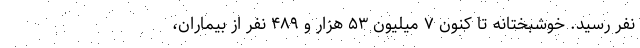
نفر رسید. خوشبختانه تا کنون ۷ میلیون ۵۳ هزار و ۴۸۹ نفر از بیماران،